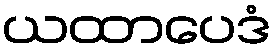
ယထာပေဒံ